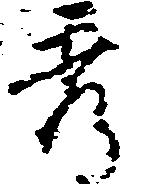
秀